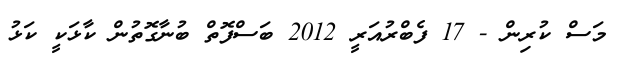
މަސް ކުރިން - 17 ފެބްރުއަރީ 2012 ބަސްފޮތް ބުނާގޮތުން ކާޅަކީ ކަޅު